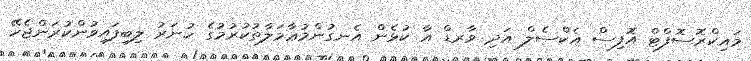
މައިކްރޮސޮފްޓް އޮފިސް އެކްސެލް އަދި ވާރޑް އާ ކުޅެން އެނގުންމުޢާމަލާތުކުރުމުގެ ހުނަރު ލިބިފައިވުންކުރަންޖެހޭ